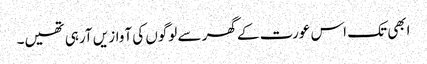
ابھی تک اس عورت کے گھر سے لوگوں کی آواز یں آرہی تھیں۔